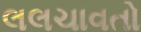
લલચાવતો